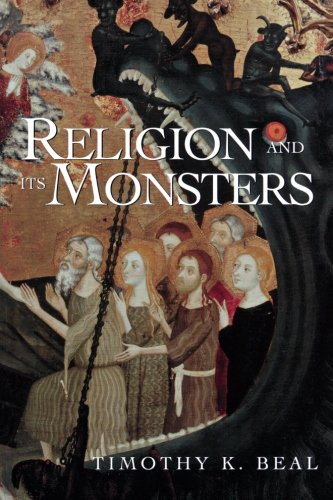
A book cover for Religion and Its Monsters; Timothy K. Beal; Religion & Spirituality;